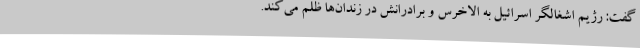
گفت: رژیم اشغالگر اسرائیل به الاخرس و برادرانش در زندان‌ها ظلم می‌کند.